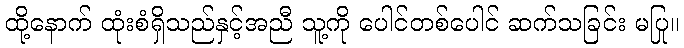
ထို့နောက် ထုံးစံရှိသည်နှင့်အညီ သူ့ကို ပေါင်တစ်ပေါင် ဆက်သခြင်း မပြု။